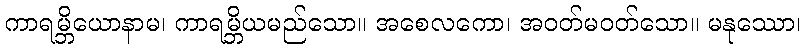
ကာရမ္ဘိယောနာမ၊ ကာရမ္ဘိယမည်သော။ အစေလကော၊ အဝတ်မဝတ်သော။ မနုဿော၊